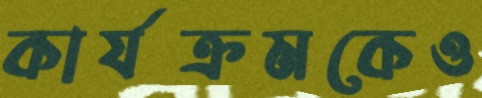
কার্যক্রমকেও